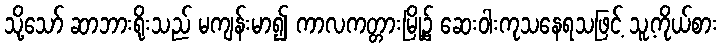
သို့သော် ဆာဘားရိုးသည် မကျန်းမာ၍ ကာလကတ္တားမြို့၌ ဆေးဝါးကုသနေရသဖြင့် သူ့ကိုယ်စား